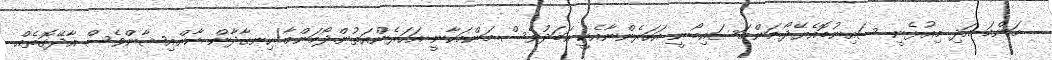
މަންމަ އަދި މިއުޅެނީ ސައިނުބޮއެޔޭދޯ.މަންމަސައިބޯނީ އަހަރެންނާއެކީ އަބަދުވެސް..މަންމަކާނީ އަހަރެންއަތުން.ދޯމަންމާ!.ހިނގާދާން ކާން.އިޝާންވެސް އާދޭގޮތެއް